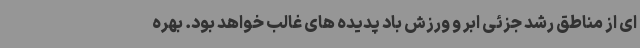
ای از مناطق رشد جزئی ابر و ورزش باد پدیده های غالب خواهد بود. بهره